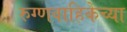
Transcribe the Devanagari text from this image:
रुग्णवाहिकेच्या